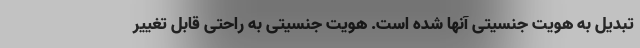
تبدیل به هویت جنسیتی آنها شده است. هویت جنسیتی به راحتی قابل تغییر